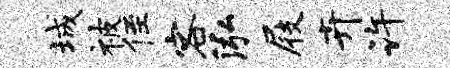
城被侄客泓屐卉许